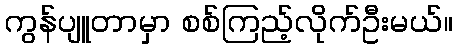
ကွန်ပျူတာမှာ စစ်ကြည့်လိုက်ဦးမယ်။